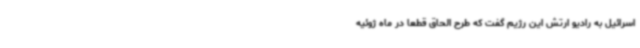
اسرائیل به رادیو ارتش این رژیم گفت که طرح الحاق قطعاً در ماه ژوئیه